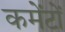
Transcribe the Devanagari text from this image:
कमेंटों